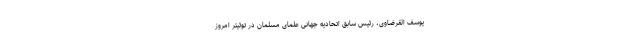
یوسف القرضاوی، رئیس سابق اتحادیه جهانی علمای مسلمان در توئیتر امروز